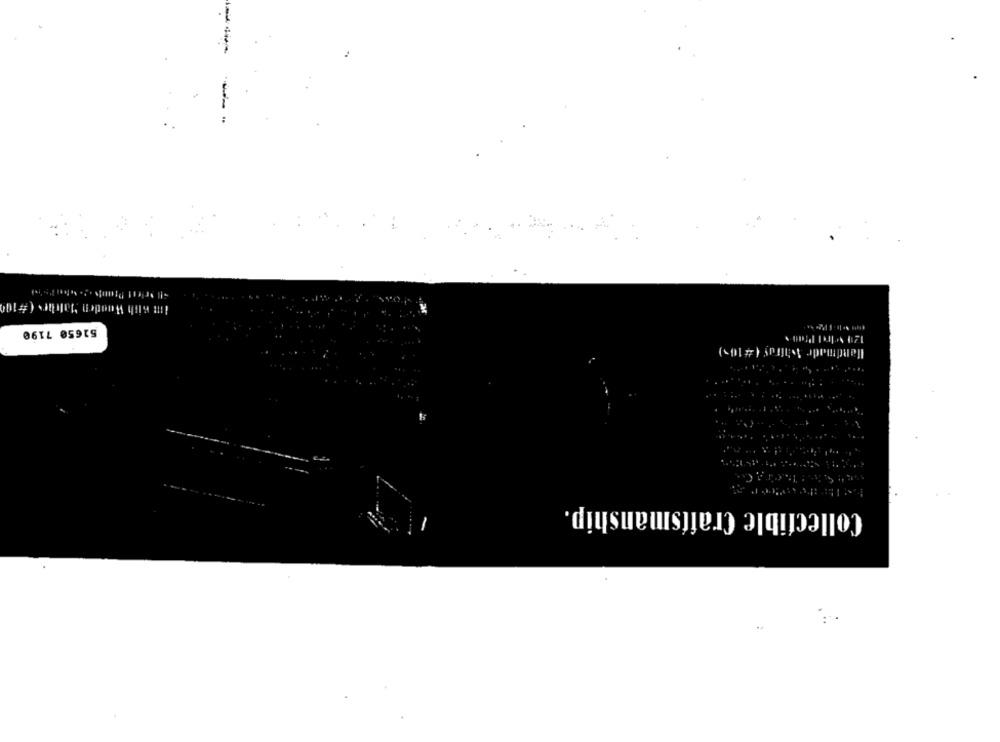
with Wooden Matth
51650 7190
Collectible Craftsmanship.